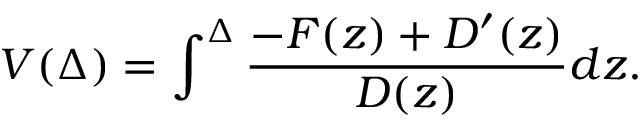
V ( \Delta ) = \int ^ { \Delta } \frac { - F ( z ) + D ^ { \prime } ( z ) } { D ( z ) } d z .